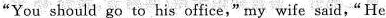
"You should go to his office," my wife said," He